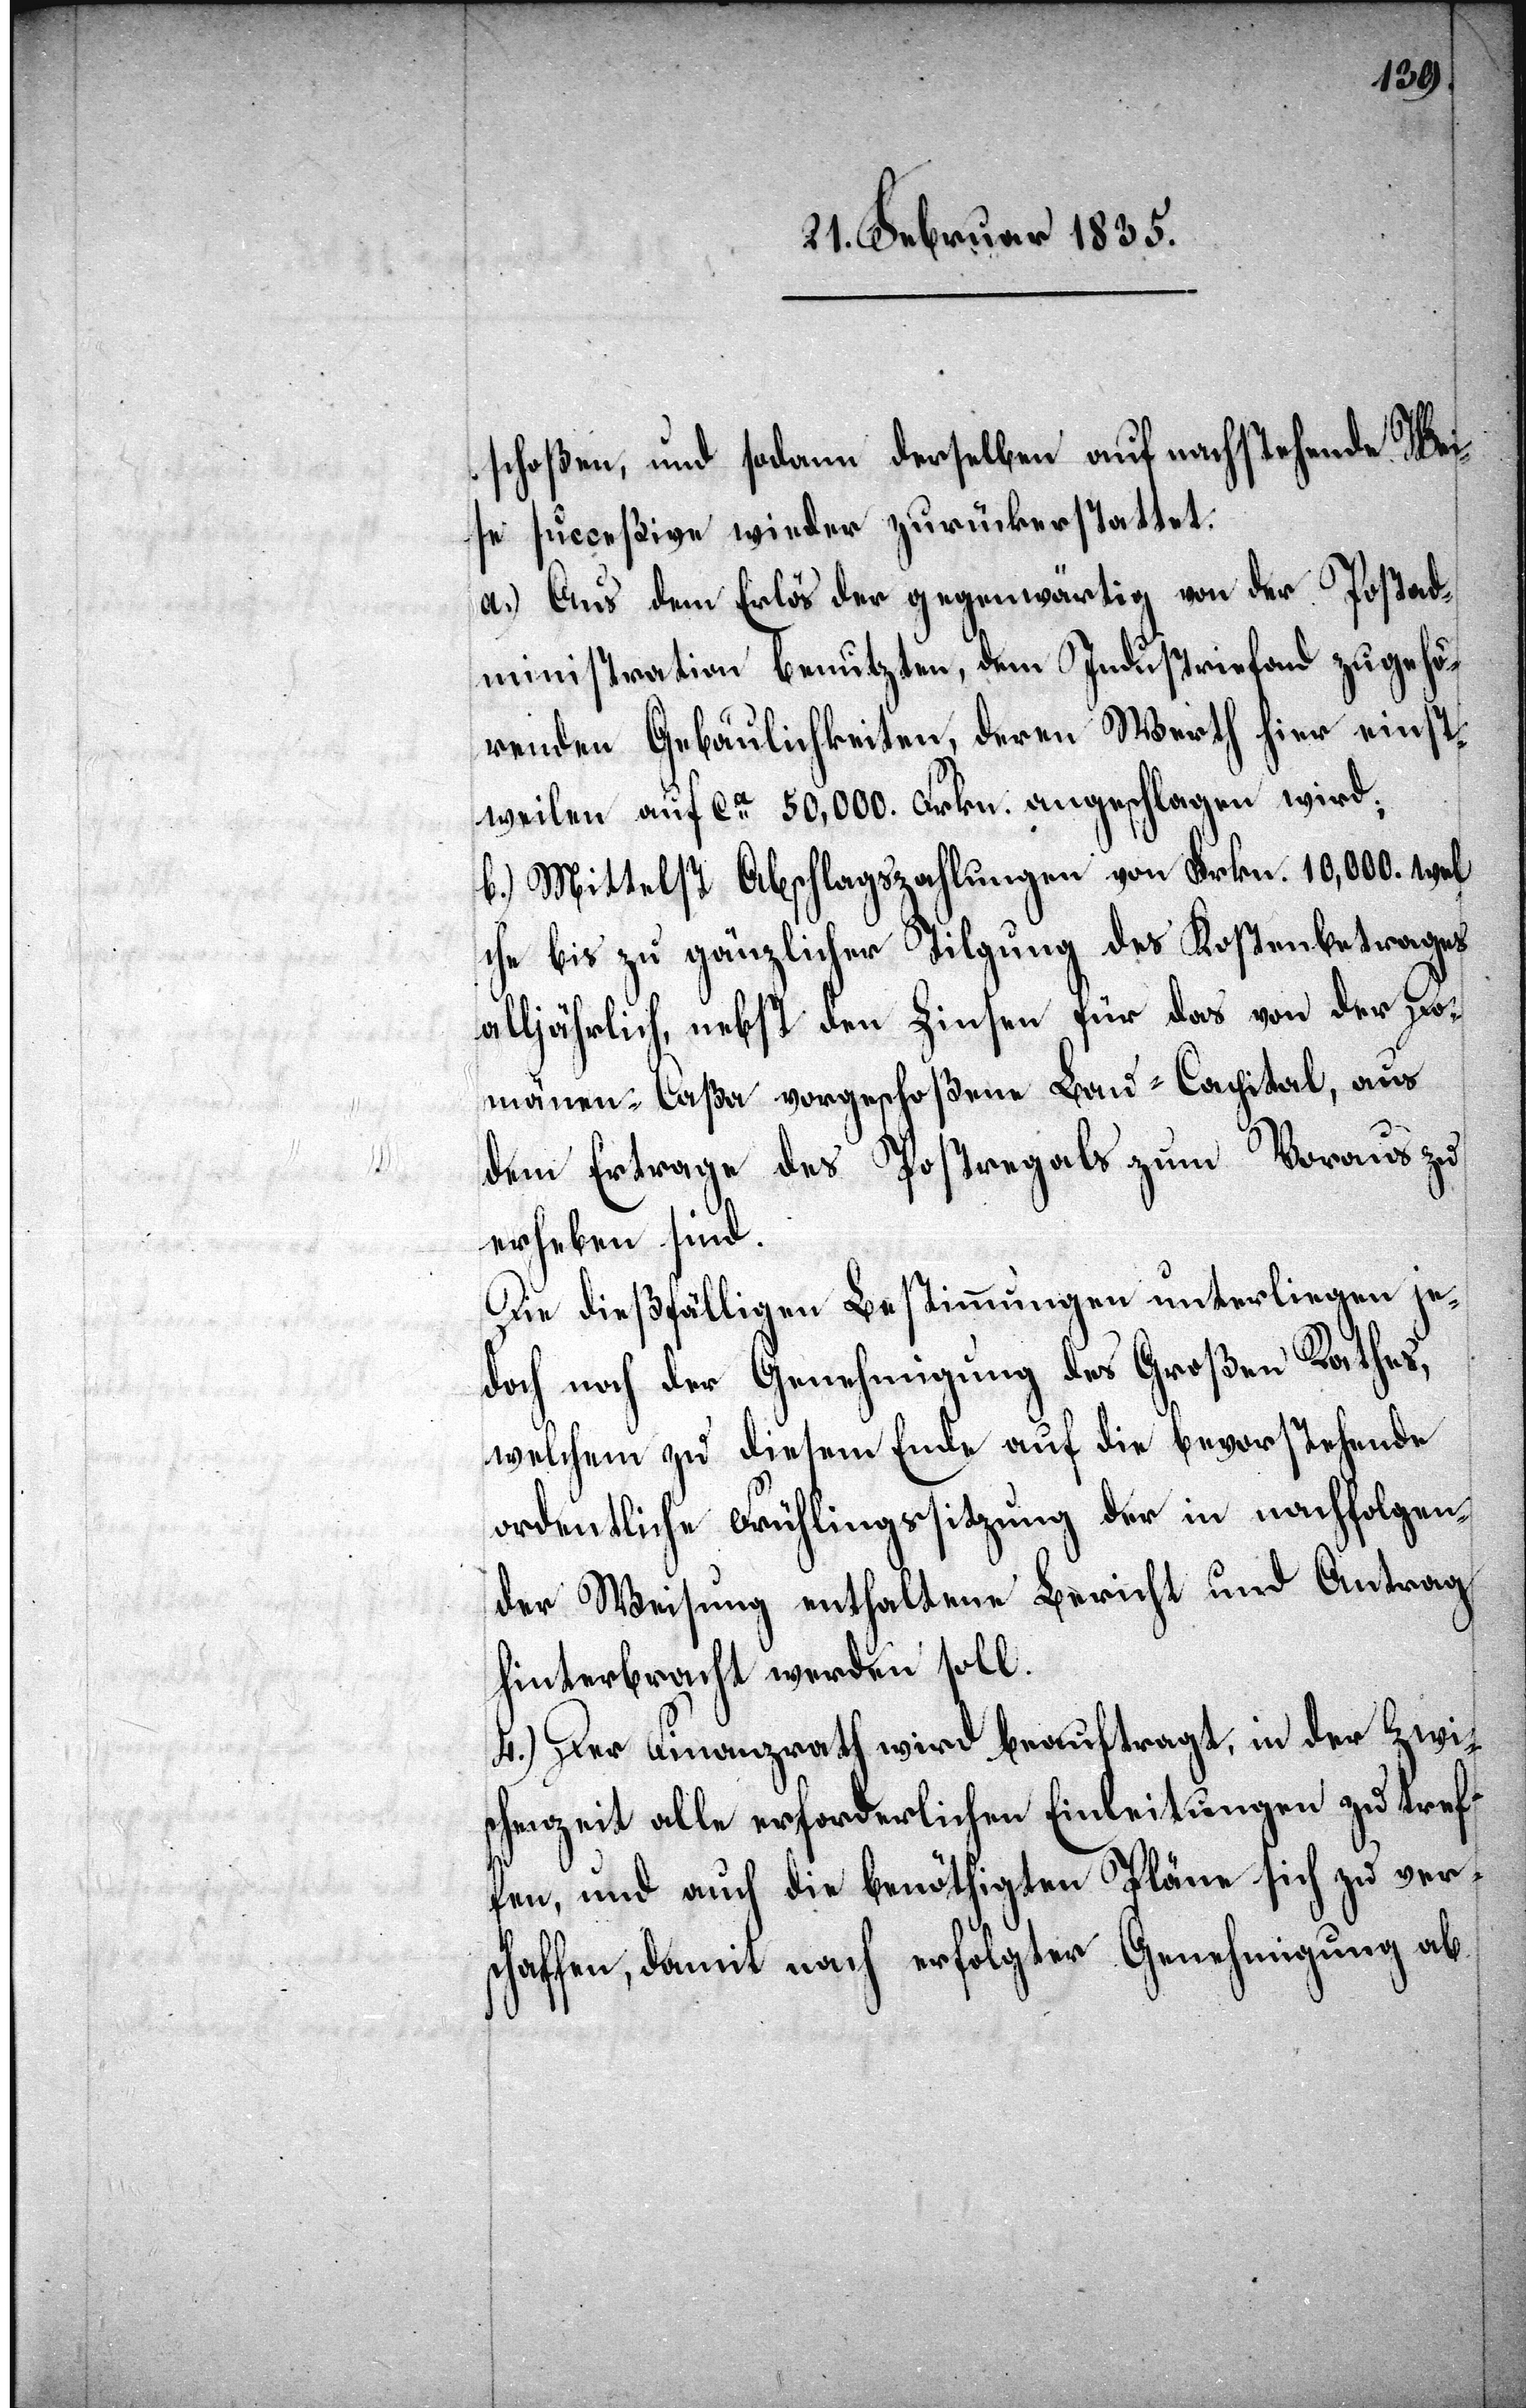
schoßen, und sodann derselben auf nachstehende Wei¬
se succeßive wieder zurückerstattet.
a.) Aus dem Erlös der gegenwärtig von der Postad¬
ministration benutzten, dem Industriefond zugehö¬
renden Gebäulichkeiten, deren Werth hier einst¬
weilen auf ca 50,000 Frkn. angeschlagen wird;
b.) Mittelst Abschlagszahlungen von Frkn. 10,000. wel¬
che bis zu gänzlicher Tilgung des Kostenbetrages
alljährlich, nebst den Zinsen für das von der Do¬
mänen-Caßa vorgeschoßene Bau-Capital, aus
dem Ertrage des Postregals zum Voraus zu
erheben sind.
Die dießfälligen Bestimmungen unterliegen je¬
doch noch der Genehmigung des Großen Rathes,
welchem zu diesem Ende auf die bevorstehende
ordentliche Frühlingssitzung der in nachfolgen¬
der Weisung enthaltene Bericht und Antrag
hinterbracht werden soll.
4.) Der Finanzrath wird beauftragt, in der Zwi¬
schenzeit alle erforderlichen Einleitungen zu tref¬
fen, und auch die benöthigten Pläne sich zu ver¬
schaffen, damit nach erfolgter Genehmigung ab